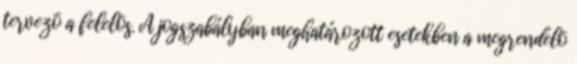
tervezõ a felelõs. A jogszabályban meghatározott esetekben a megrendelõ